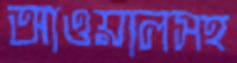
আওয়ালসহ